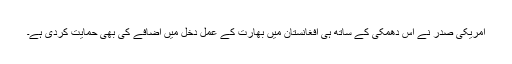
امریکی صدر نے اس دھمکی کے ساتھ ہی افغانستان میں بھارت کے عمل دخل میں اضافے کی بھی حمایت کردی ہے۔